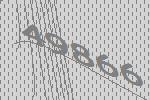
49866